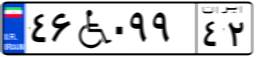
۴۶W۰۹۹۴۲